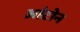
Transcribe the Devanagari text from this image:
आंटोन